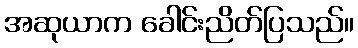
အဆုယာက ခေါင်းညိတ်ပြသည်။